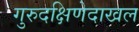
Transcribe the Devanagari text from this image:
गुरुदक्षिणेदाखल